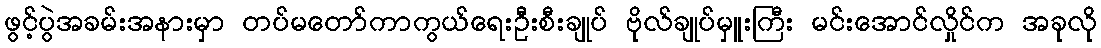
ဖွင့်ပွဲအခမ်းအနားမှာ တပ်မတော်ကာကွယ်ရေးဦးစီးချုပ် ဗိုလ်ချုပ်မှူးကြီး မင်းအောင်လှိုင်က အခုလို